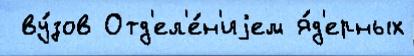
 ву́зов Отд'ел'е́н'иjем я́д'ерных